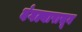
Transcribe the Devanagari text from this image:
बंगल्यापासून